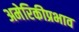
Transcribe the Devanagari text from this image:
अमेरिकीप्रभाव